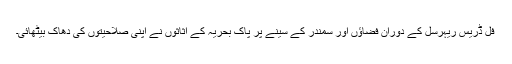
فل ڈریس ریہرسل کے دوران فضاؤں اور سمندر کے سینے پر پاک بحریہ کے اثاثوں نے اپنی صلاحیتوں کی دھاک بیٹھائی۔